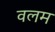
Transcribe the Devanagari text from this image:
वलम